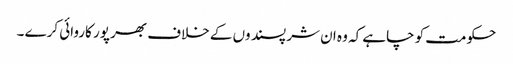
حکومت کو چاہے کہ وہ ان شر پسند وں کے خلاف بھر پور کاروائی کرے ۔